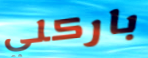
باركلي